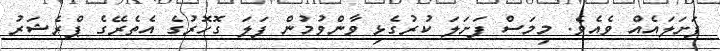
ފަށަލައެއް ވެއެވެ. މިމަސް ފަށަލަ ކުރުގެޅި ވާންވުމުން ފަލަ ގޮހޮރުގެ އެތެރޭގެ ޕްރެޝަރު